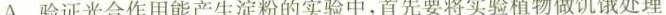
A.验证光台作用能产生淀粉的实验中，首先要将实验植物做饥饿处理